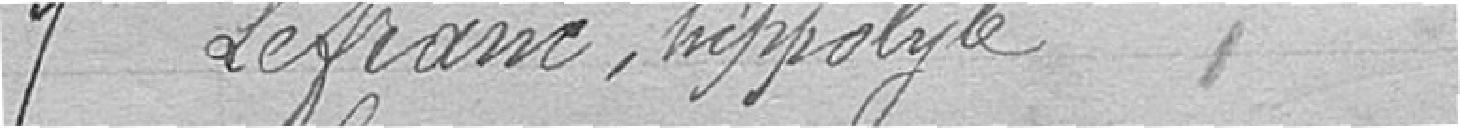
7. Lefranc, Hippolyte